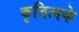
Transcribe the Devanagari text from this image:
कृतित्वके